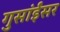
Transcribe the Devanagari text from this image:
गुसांईंसर